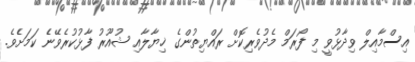
އިސްމާއިލް ވިދާޅުވީ މި ފޯރަމް މެދުވެރިކޮށް ރައްޔިތުންގެ ޚިޔާލާއި ޝުއޫރު ފާޅުކުރެވޭނެެ ކަަމަށެެވެ.